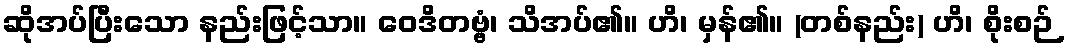
ဆိုအပ်ပြီးသော နည်းဖြင့်သာ။ ဝေဒိတဗ္ဗံ၊ သိအပ်၏။ ဟိ၊ မှန်၏။ (တစ်နည်း) ဟိ၊ စိုးစဉ်